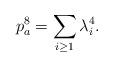
LaTeX: \begin{align*}p_a^8=\sum_{i\geq 1}\lambda_i^4.\end{align*}